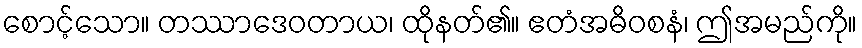
စောင့်သော။ တဿာဒေဝတာယ၊ ထိုနတ်၏။ ဧတံအဓိဝစနံ၊ ဤအမည်ကို။